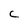
Character: C